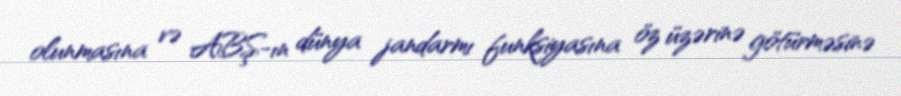
olunmasına və ABŞ-ın dünya jandarmı funksiyasına öz üzərinə götürməsinə